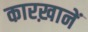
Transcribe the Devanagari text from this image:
कारख़ानें